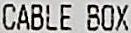
CABLE BOX